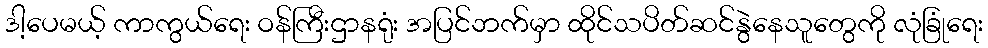
ဒါ့ပေမယ့် ကာကွယ်ရေး ဝန်ကြီးဌာနရုံး အပြင်ဘက်မှာ ထိုင်သပိတ်ဆင်နွဲနေသူတွေကို လုံခြုံရေး